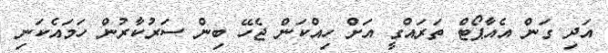
އަދި ގަން އެއާޕޯޓް ތަރައްގީ އަށް ހިއްކަން ޖެހޭ ބިން ސަރުކާރުން ހަމައެކަނި